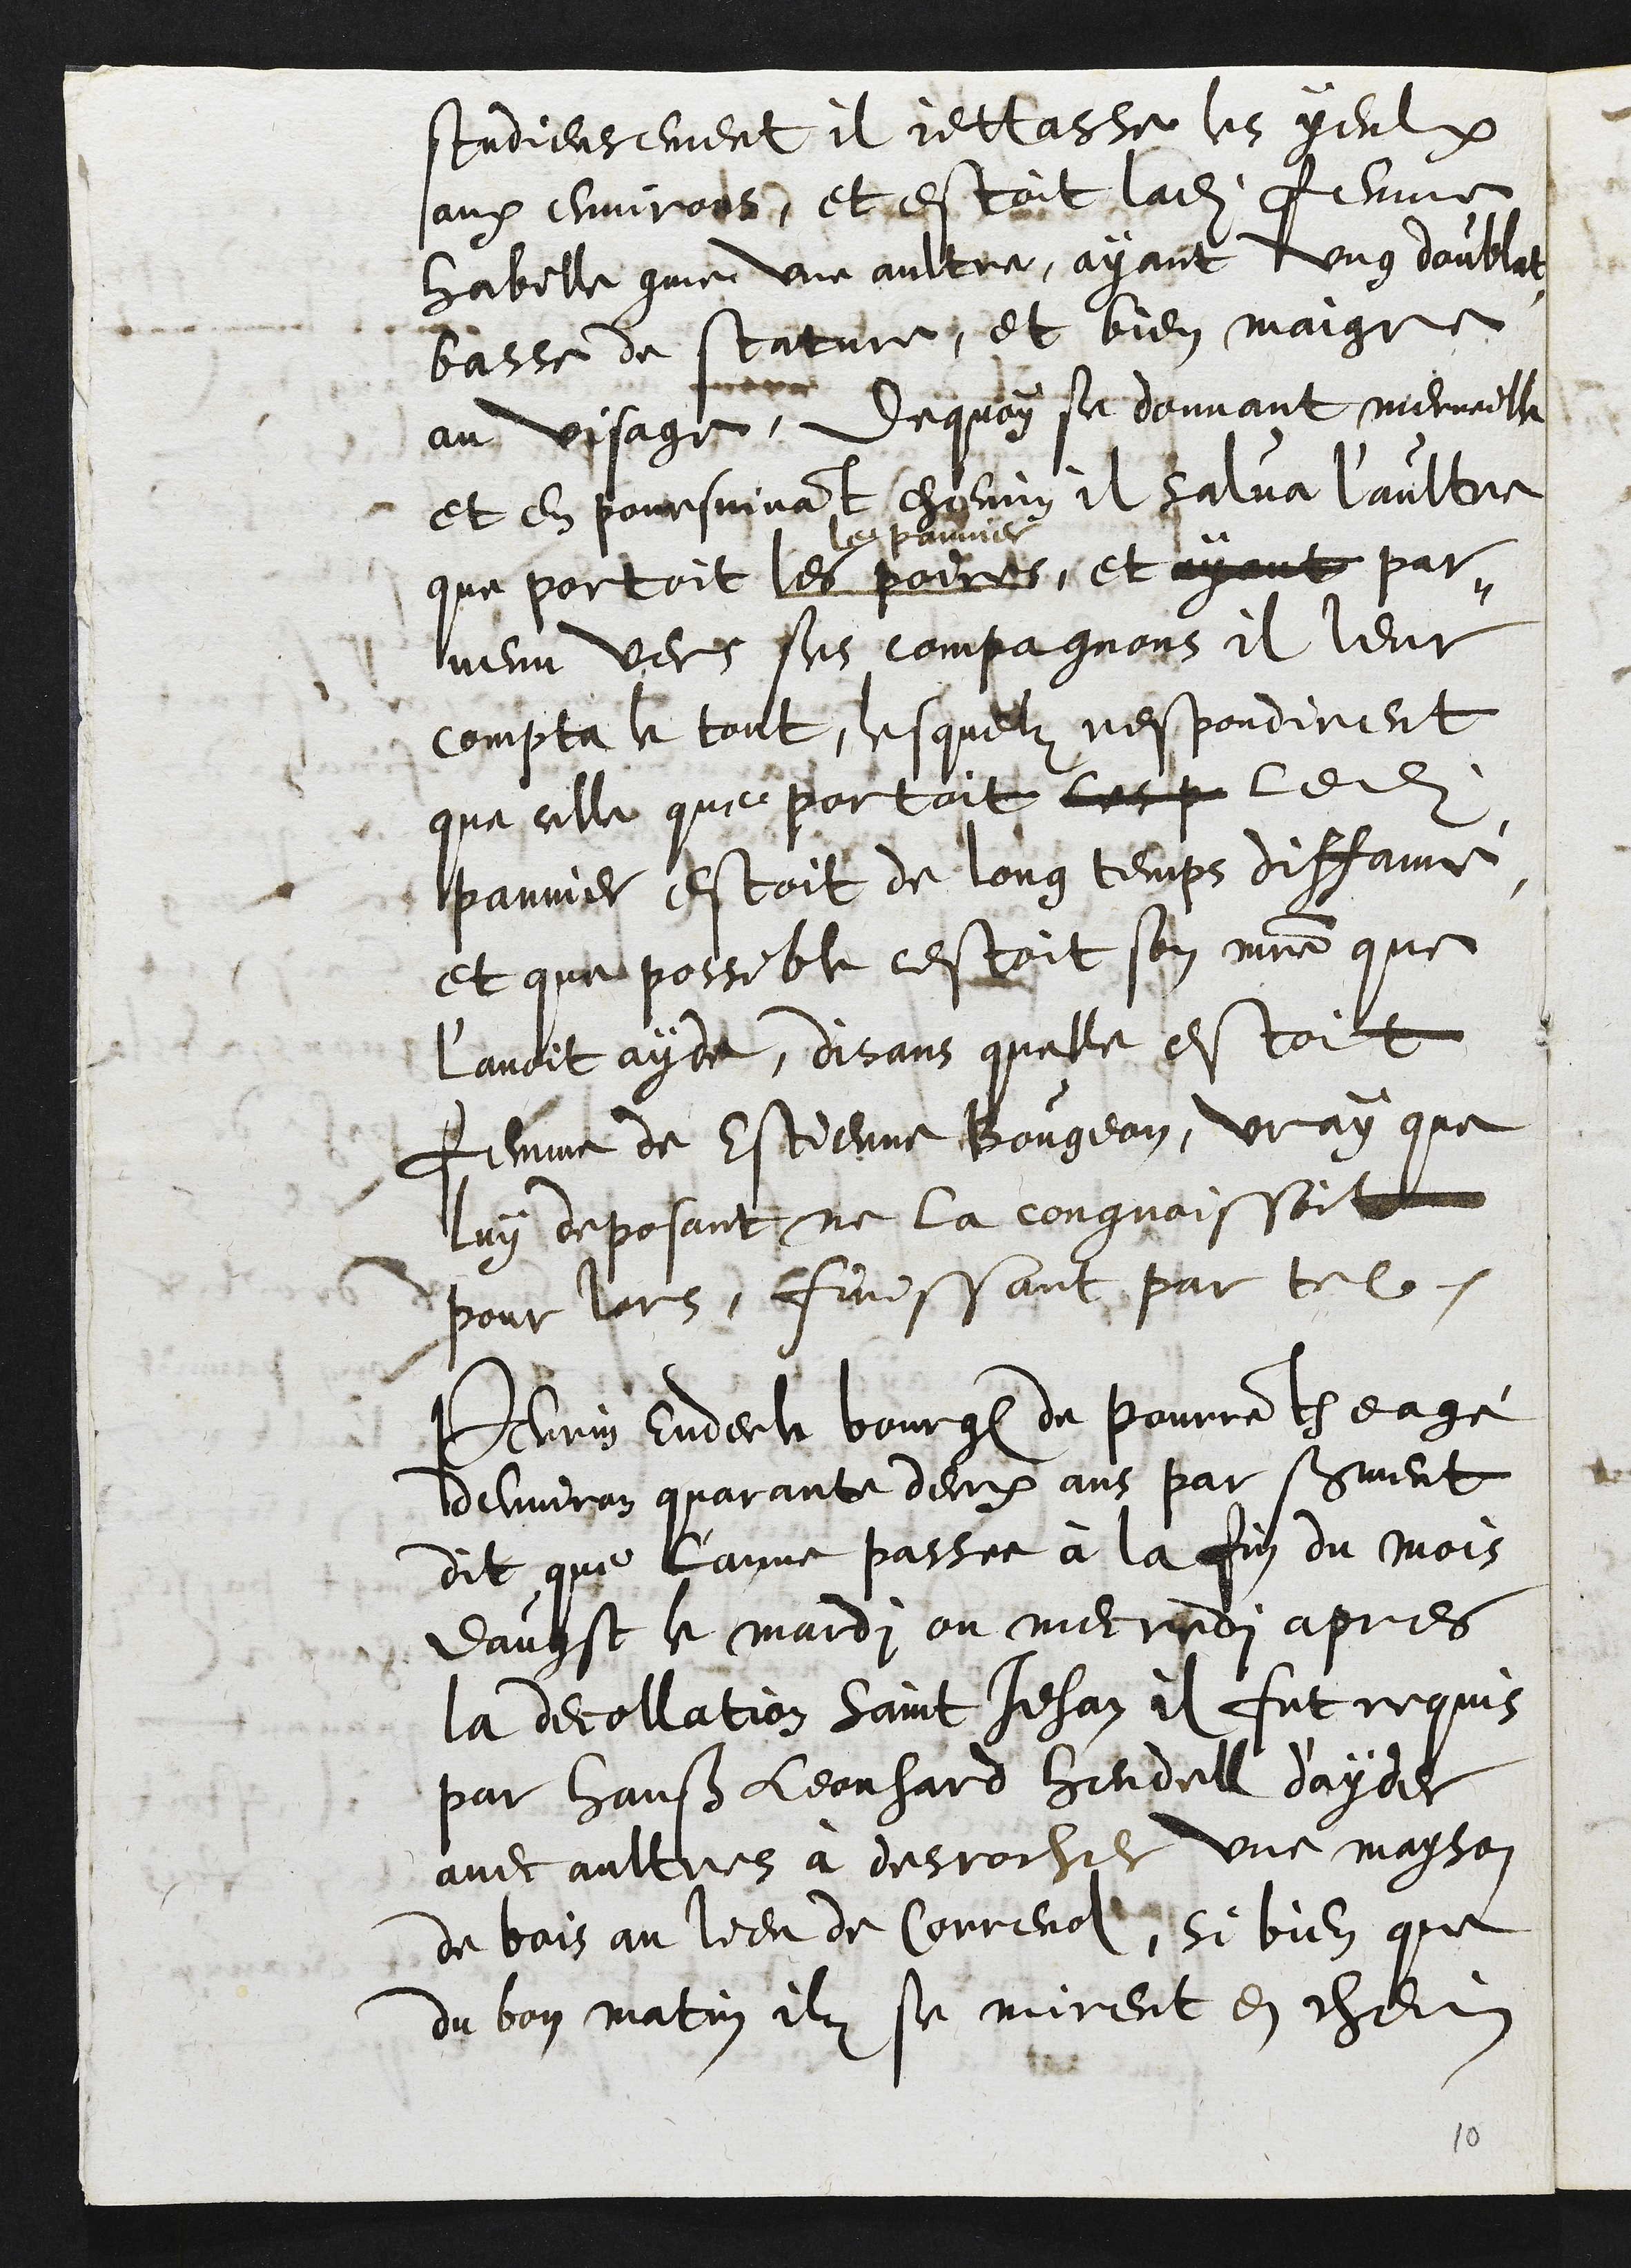
studieusement il jettasse les yeulx
aux environ, et estoit ladite femme
habille comme une aultre, ayant ung doublat
basse de stature, et bien maigre
au visage, dequoy se donnant merveille
et en poursuivant chemin il salua l'aultre
que portoit les poires
le pannier
, et ayant par-
venu vers ses compagnons il leur
compta le tout, lesquelz respondirent
que celle que portoit les p ledit
pannier estoit de long temps diffame
et que possible cestoit son maitre que
l'avoit ayde, disans quelle estoit
femme de Estienne Bougean, vray que
luy deposant ne la congnoissoit
pour lors, finissant par tel.
Perrin Enderle bourgeois de Pourrentruy eagé
denviron quarante deux ans par serment
dit que l'anne passee à la fin du mois
daugst le mardi ou mecredi apres
la decollation Saint Jehan il fut requis
par Hanß Leonhard Hendell d'ayder
avec aultres à desrocher une mayson
de bois au lieu de Correnol, si bien que
du bon matin ilz se mirent en chemin

10